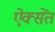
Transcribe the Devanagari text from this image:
ऐक्सेंत